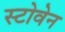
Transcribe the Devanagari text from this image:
स्टोवेन